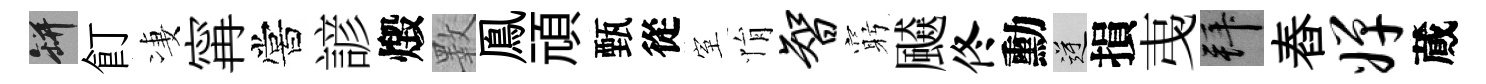
瓶飣凄𡩋嘗諺燬斁鳯頑甄從室悁智窮飇佟勳逆損𢎯拜舂婵蕆